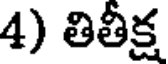
4) తితీక్ష